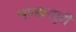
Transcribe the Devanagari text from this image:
भण्डारपुरी